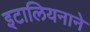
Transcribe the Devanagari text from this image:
इटालियनाने